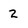
Character: 2